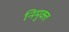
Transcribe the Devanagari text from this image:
निमुक्त